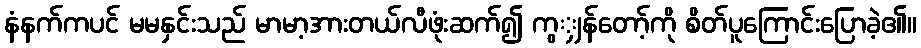
နံနက်ကပင် မမနှင်းသည် မာမာ့အားတယ်လီဖုံးဆက်၍ ကွျှန်တော့်ကို စိတ်ပူကြောင်းပြောခဲ့၏။